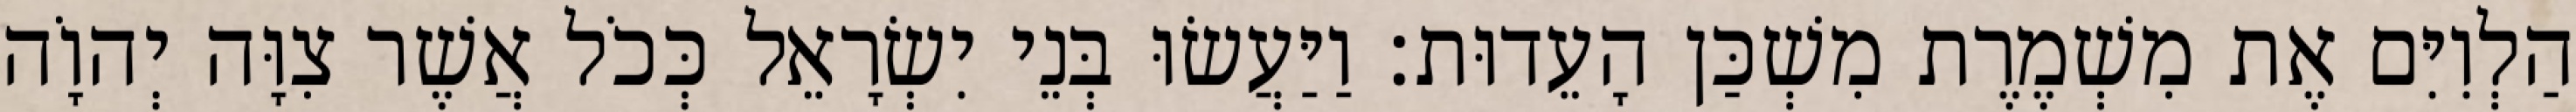
הַלְוִיִּם אֶת מִשְׁמֶרֶת מִשְׁכַּן הָעֵדוּת׃ וַיַּעֲשׂוּ בְּנֵי יִשְׂרָאֵל כְּכֹל אֲשֶׁר צִוָּה יְהוָֹה